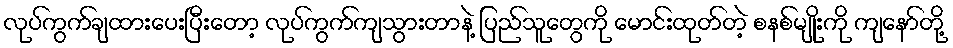
လုပ်ကွက်ချထားပေးပြီးတော့ လုပ်ကွက်ကျသွားတာနဲ့ ပြည်သူတွေကို မောင်းထုတ်တဲ့ စနစ်မျိုးကို ကျနော်တို့